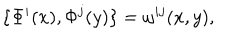
\{ \Phi ^ { i } ( x ) , \Phi ^ { j } ( y ) \} = \omega ^ { i j } ( x , y ) ,